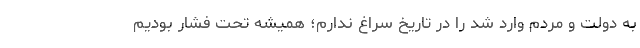
به دولت و مردم وارد شد را در تاریخ سراغ ندارم؛ همیشه تحت فشار بودیم